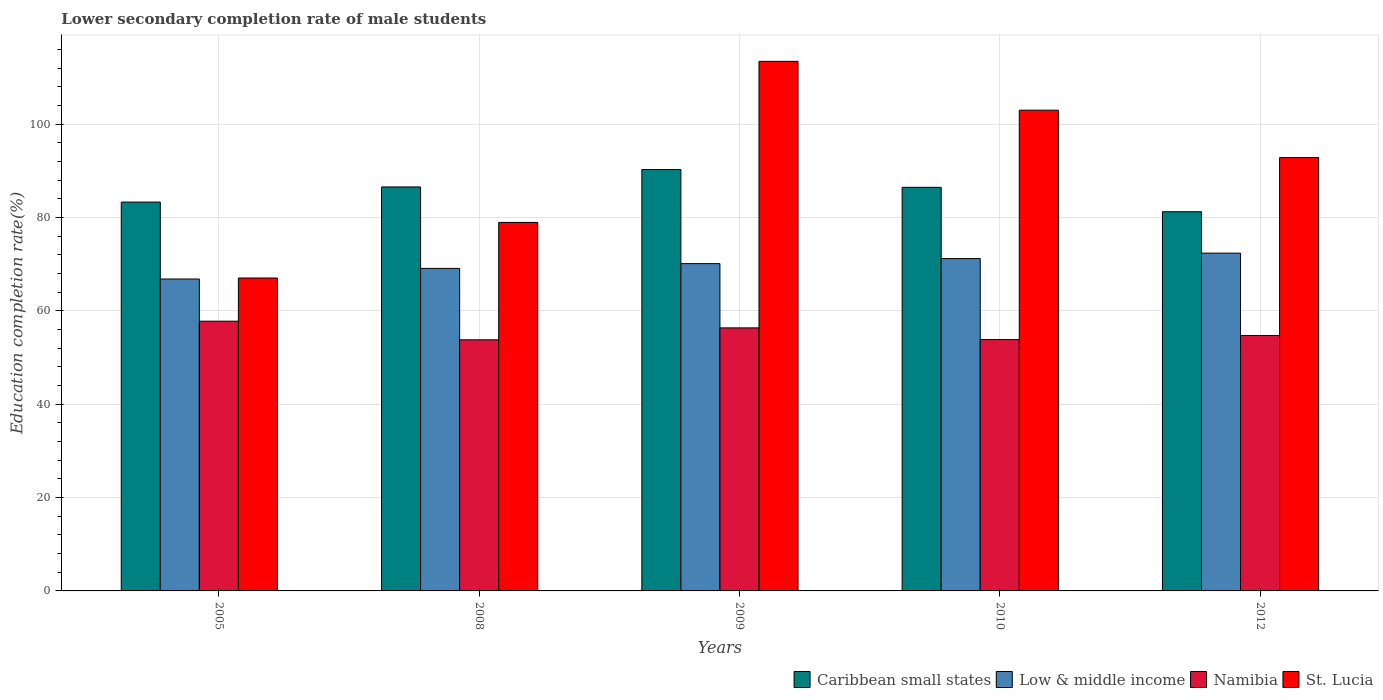
| Years | Caribbean small states | Low & middle income | Namibia | St. Lucia |
 | --- | --- | --- | --- | --- |
 | 2005 | 83.3 | 66.8 | 57.8 | 67 |
 | 2008 | 86.6 | 69.1 | 53.8 | 79 |
 | 2009 | 90.3 | 70.1 | 56.4 | 113 |
 | 2010 | 86.5 | 71.2 | 53.9 | 103 |
 | 2012 | 81.3 | 72.4 | 54.7 | 92.9 |